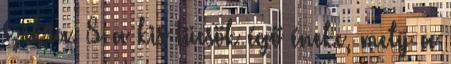
szikra. S a kis tücsök égő éneke, mely a